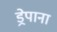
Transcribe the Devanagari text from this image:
ड्रेपाना